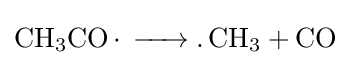
{\ce {CH3CO. -> .CH3 + CO}}